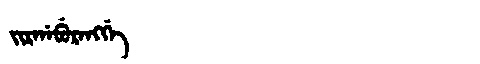
Manchu: ᠵᡳᡵᡤᠠᠪᡠᡵᠠᠩᡤᡝ
Romanization: JIRGABURANGGE